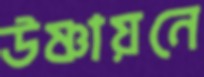
উষ্ণায়নে